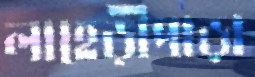
লাহেড়ীপাড়া